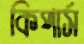
কিপার্স